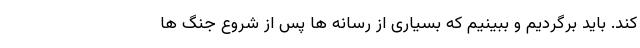
کند. باید برگردیم و ببینیم که بسیاری از رسانه ها پس از شروع جنگ ها